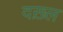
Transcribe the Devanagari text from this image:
दख़्ल